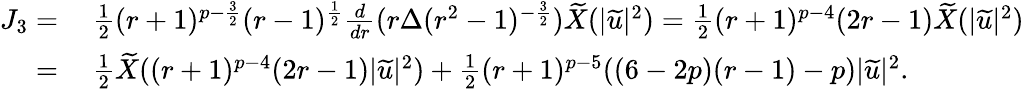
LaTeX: \begin{array}{rl}{J_{3}=}&{\: \frac{1}{2}(r+1)^{p-\frac{3}{2}}(r-1)^{\frac{1}{2}}\frac{d}{dr}(r\Delta(r^{2}-1)^{-\frac{3}{2}})\widetilde{X}(|\widetilde{u}|^{2})=\frac{1}{2}(r+1)^{p-4}(2r-1)\widetilde{X}(|\widetilde{u}|^{2})}\\ {=}&{\: \frac{1}{2}\widetilde{X}((r+1)^{p-4}(2r-1)|\widetilde{u}|^{2})+\frac{1}{2}(r+1)^{p-5}((6-2p)(r-1)-p)|\widetilde{u}|^{2}.}\end{array}